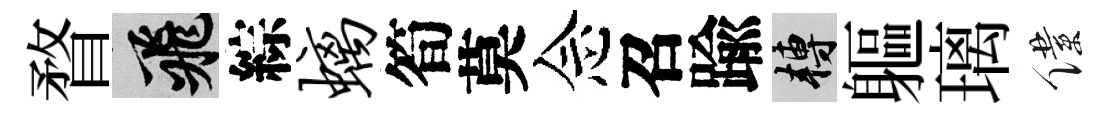
瞀飛綜螭筍莫念召踰轉軀璃僕